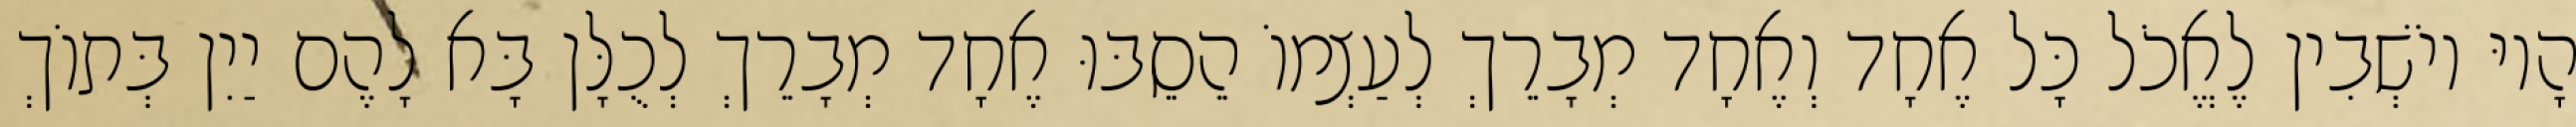
הָיוּ יוֹשְׁבִין לֶאֱכֹל כָּל אֶחָד וְאֶחָד מְבָרֵךְ לְעַצְמוֹ הֵסֵבּוּ אֶחָד מְבָרֵךְ לְכֻלָּן בָּא לָהֶם יַיִן בְּתוֹךְ